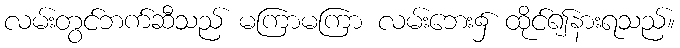
လမ်းတွင်ဘက်ဆီသည် မကြာမကြာ လမ်းဘေး၌ ထိုင်၍နားရသည်။